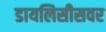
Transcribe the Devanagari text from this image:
डायलिसीसवर